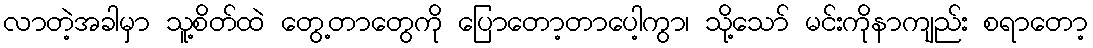
လာတဲ့အခါမှာ သူ့စိတ်ထဲ တွေ့တာတွေကို ပြောတော့တာပေါ့ကွာ၊ သို့သော် မင်းကိုနာကျည်း စရာတော့